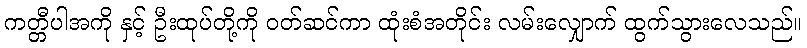
ကတ္တီပါအကို နှင့် ဦးထုပ်တို့ကို ဝတ်ဆင်ကာ ထုံးစံအတိုင်း လမ်းလျှောက် ထွက်သွားလေသည်။